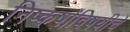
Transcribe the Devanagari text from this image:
निष्कर्षांविषयीचे